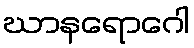
ဃာနရောဂေါ